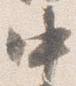
中